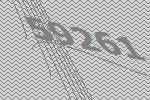
59261